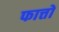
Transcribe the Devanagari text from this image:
फात्तों